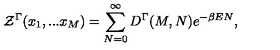
{ \cal Z } ^ { \Gamma } ( x _ { 1 } , . . . x _ { M } ) = \sum _ { N = 0 } ^ { \infty } D ^ { \Gamma } ( M , N ) e ^ { - \beta E N } ,